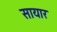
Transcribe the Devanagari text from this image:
सायार